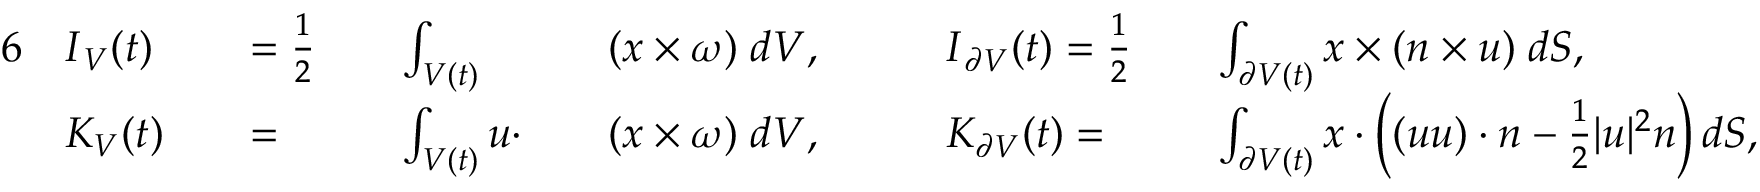
\begin{array} { r l r l r l r l r l r l } { { 6 } } & { \boldsymbol { I } _ { V } ( t ) } & & { = \frac { 1 } { 2 } } & & { \int _ { V ( t ) } } & & { ( \boldsymbol { x } \times \boldsymbol { \omega } ) \; d V , \quad } & & { \boldsymbol { I } _ { \partial V } ( t ) = \frac { 1 } { 2 } } & & { \int _ { \partial V ( t ) } \boldsymbol { x } \times ( \boldsymbol { n } \times \boldsymbol { u } ) \; d S , } \\ & { K _ { V } ( t ) } & & { = } & & { \int _ { V ( t ) } \boldsymbol { u } \cdot } & & { ( \boldsymbol { x } \times \boldsymbol { \omega } ) \; d V , \quad } & & { K _ { \partial V } ( t ) = } & & { \int _ { \partial V ( t ) } \boldsymbol { x } \cdot \left( ( \boldsymbol { u } \boldsymbol { u } ) \cdot \boldsymbol { n } - \frac { 1 } { 2 } \lvert \boldsymbol { u } \rvert ^ { 2 } \boldsymbol { n } \right) d S , } \end{array}